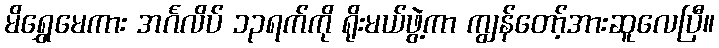
မိရွှေမေကား အင်္ဂလိပ် ၁၃ရက်ကို ရိုးမယ်ဖွဲ့ကာ ကျွန်တော့်အားဆူလေပြီ။